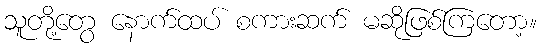
သူတို့တွေ နောက်ထပ် စကားဆက် မဆိုဖြစ်ကြတော့။